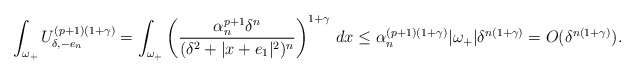
\begin{align*}\int_{\omega_+} U_{\delta,-e_n}^{(p+1)(1+\gamma)} = \int_{\omega_+} \left( \frac{\alpha_n^{p+1}\delta^n}{(\delta^2+|x+e_1|^2)^n}\right)^{1+\gamma} \, dx \leq \alpha_n^{(p+1)(1+\gamma)} |\omega_+| \delta^{n(1+\gamma)} = O(\delta^{n(1+\gamma)}).\end{align*}